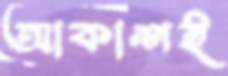
আকাশই